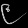
Digit: ၉